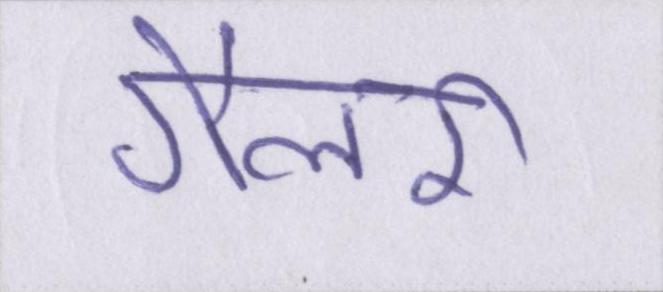
गैलरी